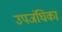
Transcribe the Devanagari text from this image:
उपजंघिका